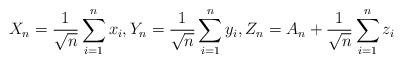
LaTeX: \begin{align*}X_n = \frac{1}{\sqrt{n}}\sum_{i=1}^n x_i,Y_n = \frac{1}{\sqrt{n}}\sum_{i=1}^n y_i,Z_n = A_n+\frac{1}{\sqrt{n}} \sum_{i=1}^{n} z_{i}\end{align*}